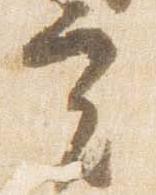
実